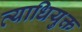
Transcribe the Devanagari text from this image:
व्याधियुक्त